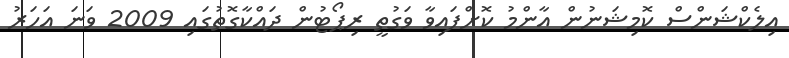
އިލެކްޝަންސް ކޮމިޝަނުން އާންމު ކޮށްފައިވާ ވަގުތީ ރިޕޯޓުން ދައްކާގޮތުގައި 2009 ވަނަ އަހަރު